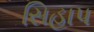
સિહાપ